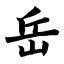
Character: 岳